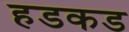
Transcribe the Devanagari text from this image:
हडकड